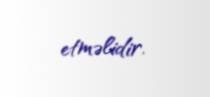
etməlidir.